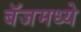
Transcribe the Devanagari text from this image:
बॅजमध्ये